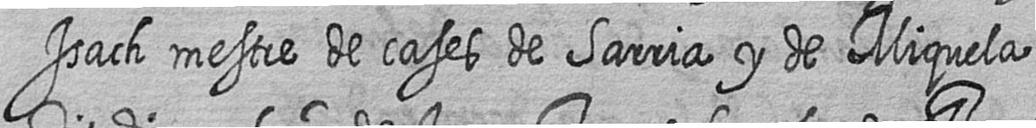
Isach mestre de cases de Sarria y de Miquela